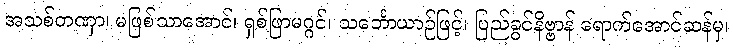
အသစ်တဏှာ၊ မဖြစ်သာအောင်၊ ရှစ်ဖြာမဂ္ဂင်၊ သင်္ဘောယာဉ်ဖြင့်၊ ပြည်ခွင်နိဗ္ဗာန် ရောက်အောင်ဆန်မှ၊